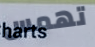
تهمس